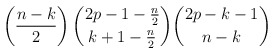
\begin{align*}\left(\frac{n-k}{2}\right)\binom{2p-1-\frac{n}{2}}{k+1-\frac{n}{2}}\binom{2p-k-1}{n-k}\end{align*}